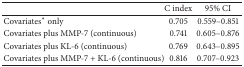
|  | C index | 95% CI |
 | --- | --- | --- |
 | Covariates∗ only | 0.705 | 0.559–0.851 |
 | Covariates plus MMP-7 (continuous) | 0.741 | 0.605–0.876 |
 | Covariates plus KL-6 (continuous) | 0.769 | 0.643–0.895 |
 | Covariates plus MMP-7 + KL-6 (continuous) | 0.816 | 0.707–0.923 |